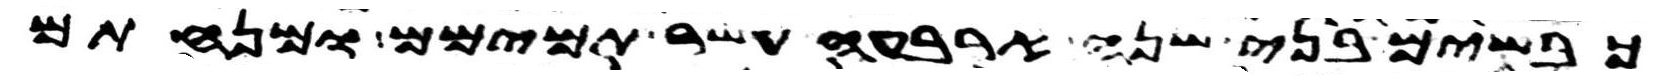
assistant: כבשים בני שנה ארבעה עשר תמימם ומנחתם